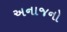
અનાજનો